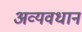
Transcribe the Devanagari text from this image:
अव्यवधान